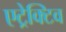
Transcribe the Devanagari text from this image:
एट्रेक्टिव